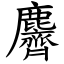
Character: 麡